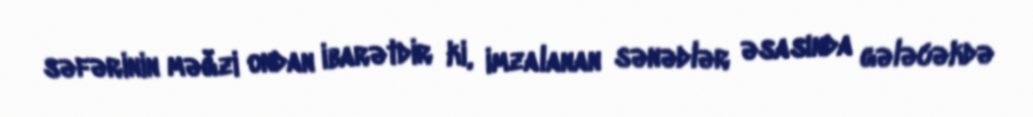
səfərinin məğzi ondan ibarətdir ki, imzalanan sənədlər əsasında gələcəkdə